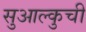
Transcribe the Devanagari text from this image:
सुआल्कुची